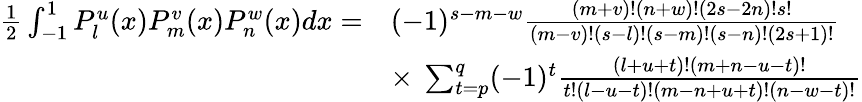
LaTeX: {\begin{array}{rl}{{\frac{1}{2}}\int_{-1}^{1}P_{l}^{u}(x)P_{m}^{v}(x)P_{n}^{w}(x)dx=}&{(-1)^{s-m-w}{\frac{(m+v)!(n+w)!(2s-2n)!s!}{(m-v)!(s-l)!(s-m)!(s-n)!(2s+1)!}}}\\ &{\times\ \sum_{t=p}^{q}(-1)^{t}{\frac{(l+u+t)!(m+n-u-t)!}{t!(l-u-t)!(m-n+u+t)!(n-w-t)!}}}\end{array}}